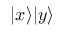
| x \rangle | y \rangle